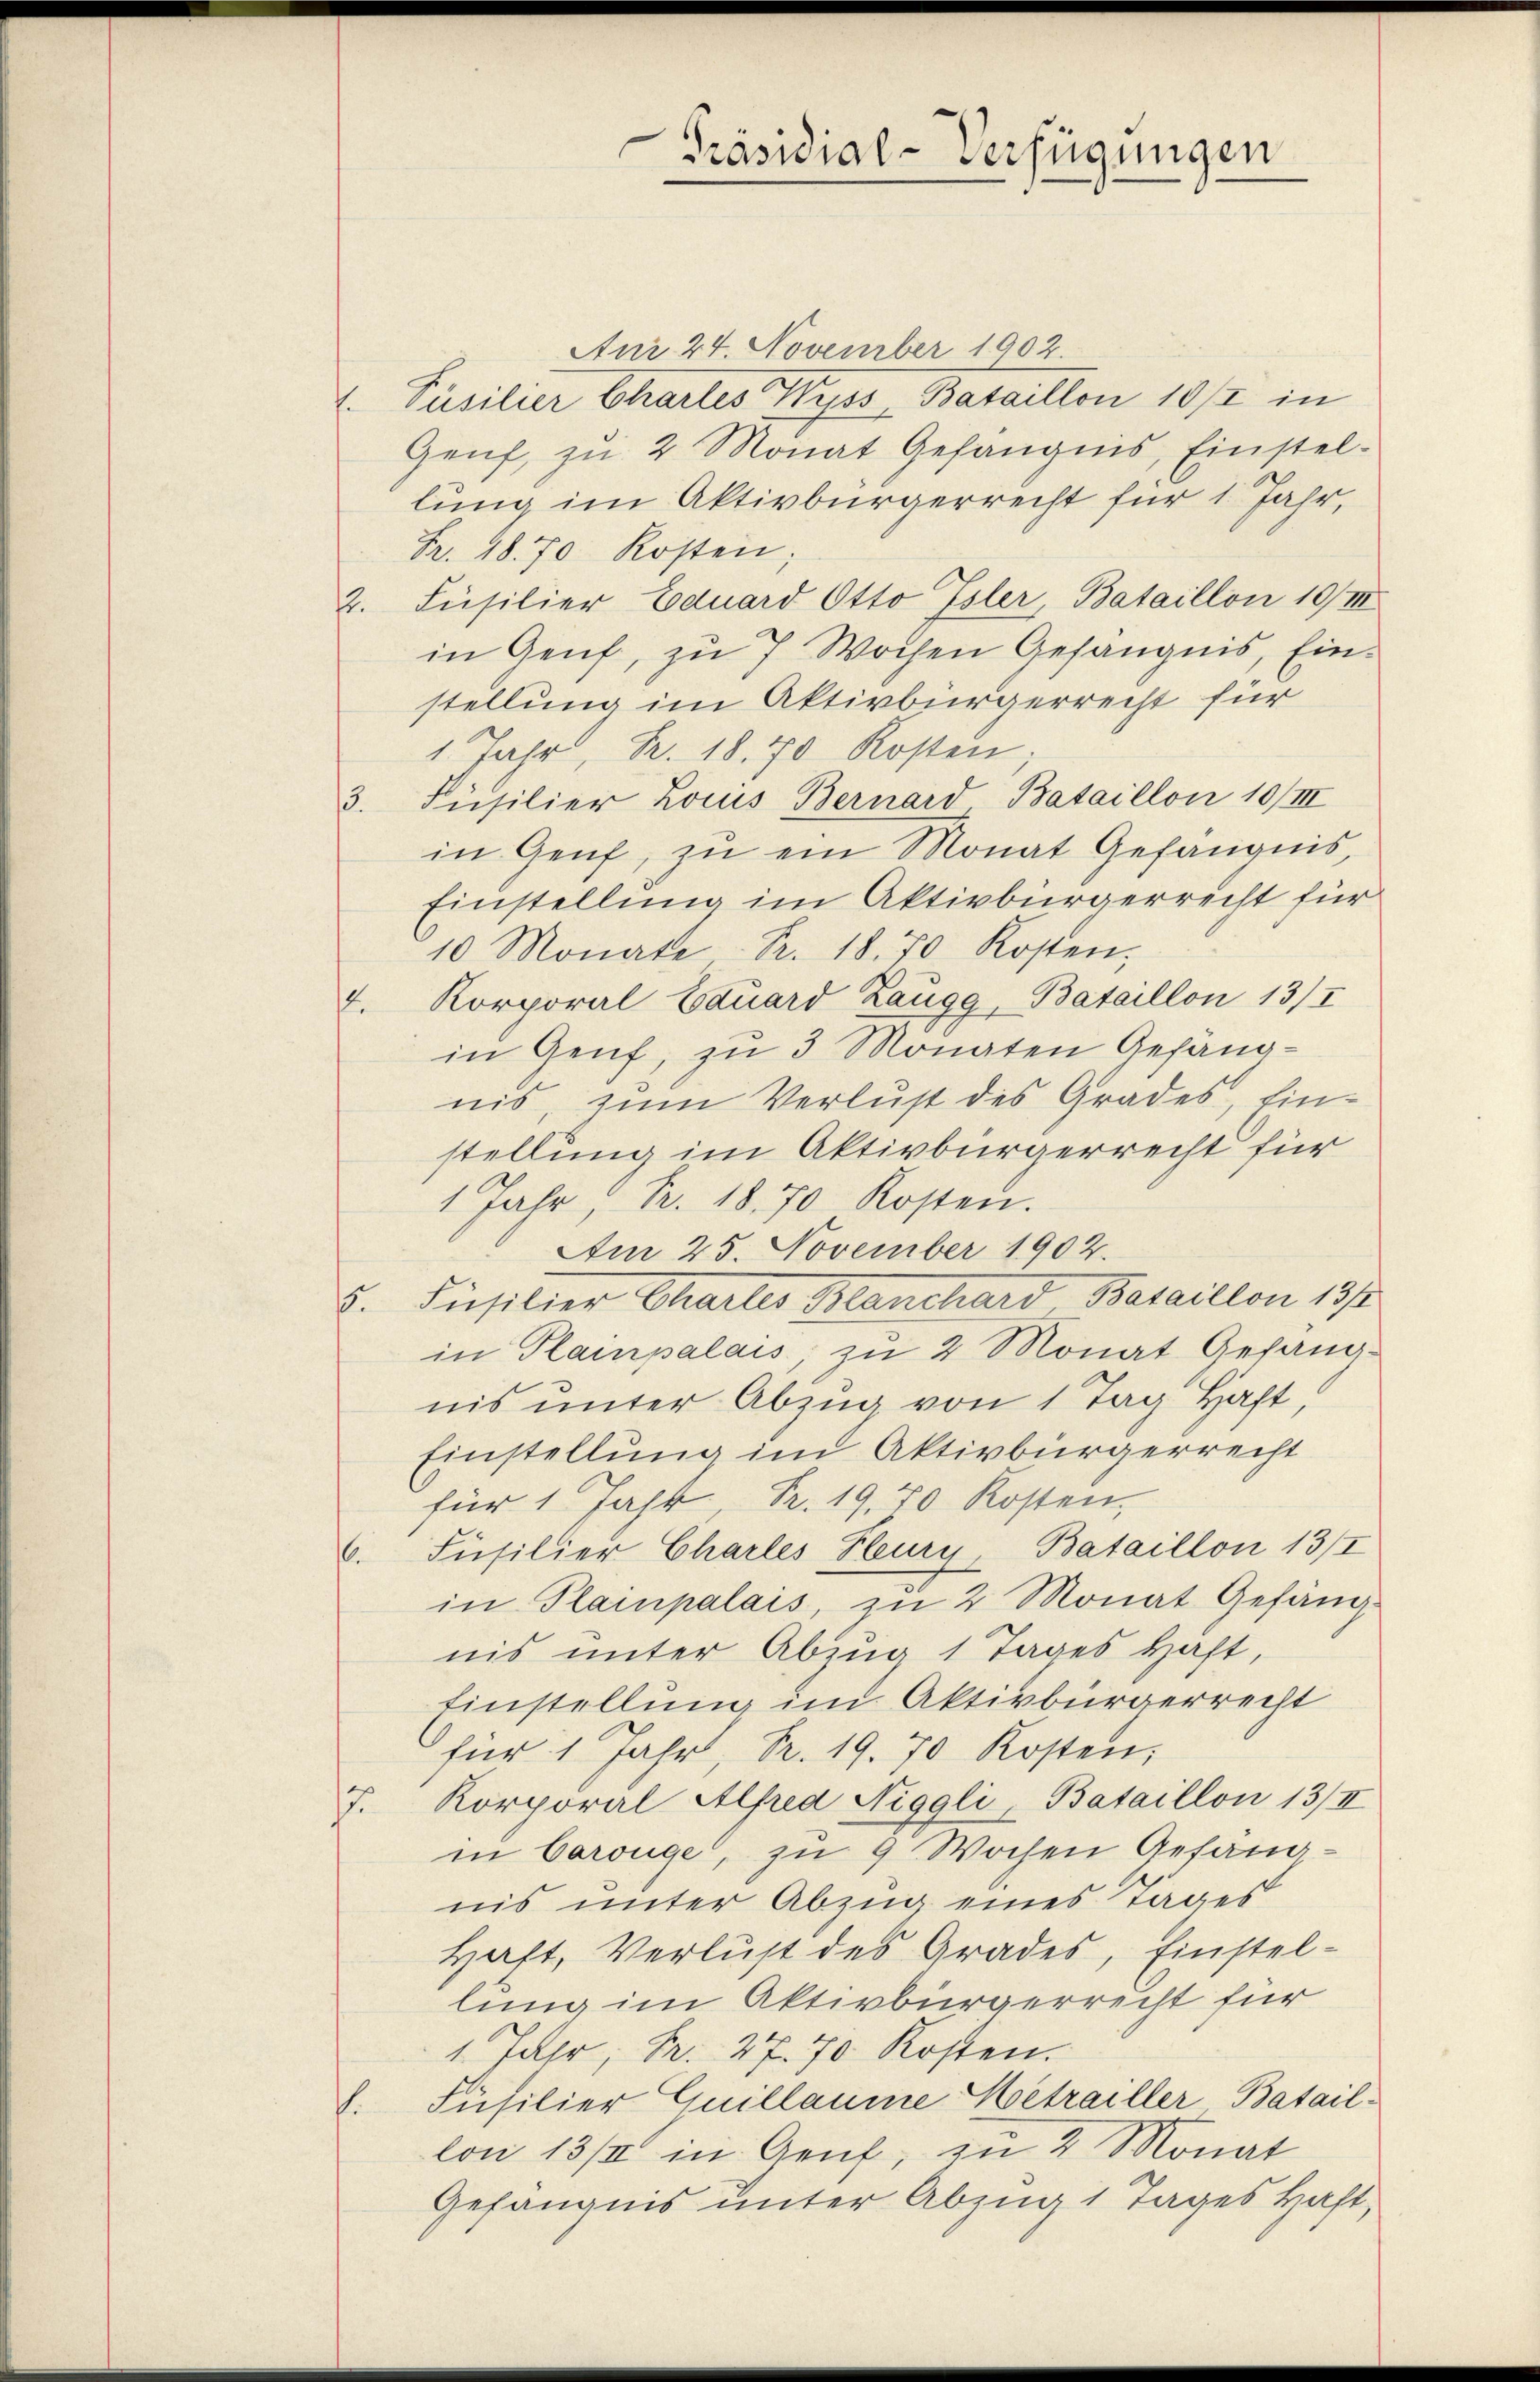
Anr 24. November 1902.
1. Püsilier Chartes Wyss, Bataillon 19/2 in
Genf, zu 2 Monat Gefängnis, Einstellung im Aktivbürgerrecht für 1 Jahr,
Br. 48. 70 Kosten;
2. Füsilier Eduard Otto Isler, Bataillon 19/II
in Genf, zu 7 Wochen Gefängnis, Einstellung im Aktivbürgerrecht für
1 Jahr, Pr. 18. 70 Kosten
3. Füsilier Louis Bernard Bataillon 10/IIII
in Genf, zŭ ein Monat Gefängnis,
Einstellung im Aktivbürgerrecht für
10 Monate Fr. 18. 70 Kosten,
4. Korporal Eduard Zaugg, Bataillon 13/I
in Genf, zu 3 Monaten Gefängnis, zum Verlust des Grades, Einstellung im Aktivbürgerrecht für
1 Jahr, Pr. 18. 70 Kosten.
Am 25. November 1902.
S. Fiesitzer Chartes Manchard Bataillon 191
in Plainpalais, zu 2 Monat Gefängnis unter Abzug von 1 Tag Haft,
Einstellung im Aktivbürgerrecht
für 1 Jahr, Pr. 19, 70 Kosten,
6. Füsilier Charles Heury, Bataillon 13/I
in Plampalais, zu 2 Monat Gefängnis unter Abzug 1 Tages haft,
Einstellung im Aktivbürgerrecht
für 1 Jahr, Pr. 19. 70 Kosten,
7. Korporal Alfred Niggli, Bataillon 13/II
in Carouge, zu 9 Wochen Gefangnis unter Abzug eines Tages
Haft, Verlust des Grades, Einstellung im Aktivbürgerrecht für
1 Jahr, Pr. 27. 70. Kosten.
8. Füsilier Guillaume Hetrailler Batail-
lon 13/4 in Genf, zu 2 Monat
Gefängnis unter Abzug 1 Tages Haft,

Präsidial-Verfügungen